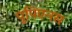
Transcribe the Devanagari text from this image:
पुपिएनस